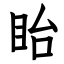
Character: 眙